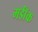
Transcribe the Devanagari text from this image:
मर्डॉक